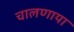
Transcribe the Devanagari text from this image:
चालणाया